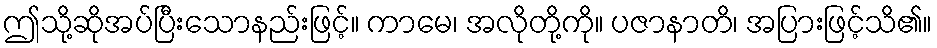
ဤသို့ဆိုအပ်ပြီးသောနည်းဖြင့်။ ကာမေ၊ အလိုတို့ကို။ ပဇာနာတိ၊ အပြားဖြင့်သိ၏။